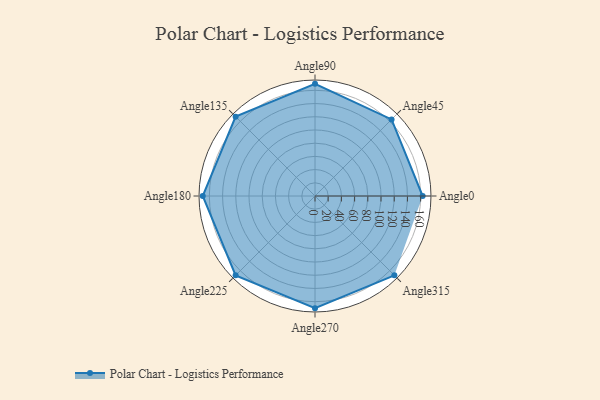
{"axis": {"x": "Angle", "y": "Radius"}, "legend": [""], "data": [{"x": "Angle0", "y": 163.0, "type": ""}, {"x": "Angle45", "y": 164.0, "type": ""}, {"x": "Angle90", "y": 170.0, "type": ""}, {"x": "Angle135", "y": 170, "type": ""}, {"x": "Angle180", "y": 170, "type": ""}, {"x": "Angle225", "y": 170, "type": ""}, {"x": "Angle270", "y": 170, "type": ""}, {"x": "Angle315", "y": 170, "type": ""}]}